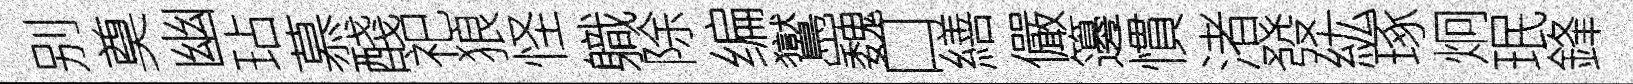
别奠幽玷慕醆祀狼怪軄除编鸑巍口繕儼籩慣渚發紘琢炯珉鋒